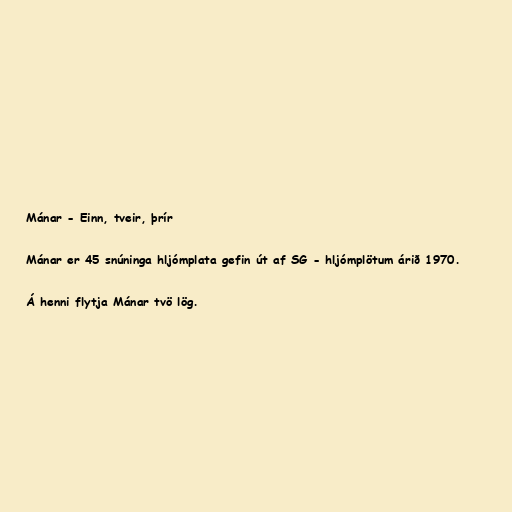
Mánar - Einn, tveir, þrír

Mánar er 45 snúninga hljómplata gefin út af SG - hljómplötum árið 1970.

Á henni flytja Mánar tvö lög.